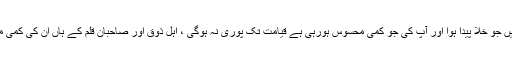
آپ کے جانے کے بعد ادبی دنیا میں جو خلا پیدا ہوا اور آپ کی جو کمی محسوس ہورہی ہے قیامت تک پوری نہ ہوگی ، اہلِ ذوق اور صاحبانِ قلم کے ہاں ان کی کمی مدتوں تک محسوس ہوتی رہے گی۔